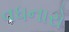
વધનારો